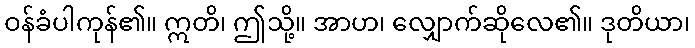
ဝန်ခံပါကုန်၏။ ဣတိ၊ ဤသို့။ အာဟ၊ လျှောက်ဆိုလေ၏။ ဒုတိယာ၊